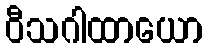
ဝီသဂါထာယော